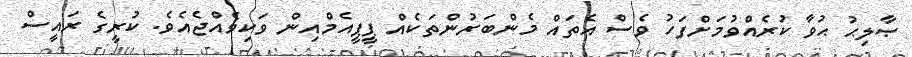
ޞާލިޙު ޙުވާ ކުރެއްވުމަށްފަހު ވެސް އެތައް މެންބަރުންތަކެއް ޕީޕީއެމްއިން ވަކިވެއްޖެއެވެ. ކުރީގެ ރައީސް